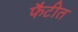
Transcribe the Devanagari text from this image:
फैटीत